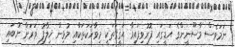
ނަމަވެސް މާސޫނީންގެ އަޑީގައި ފޮރުވިފައިވާ ޙަޤީޤަތަކީ މިވާހަކަތަކާއި މުޅިން ޚިލާފު ވަރަށް ނުބައި